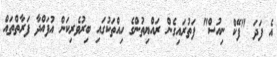
އެ ފަދަ "ފޭކް ނިއުސް" ފަތުރައިގެން ރައްޔިތުންގެ ހިއްތަކުގައި ބިރުވެރިކަން އުފައްދާ ފަރާތްތައް